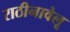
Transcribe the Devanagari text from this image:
राठीनावेलू